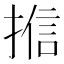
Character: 𭡩